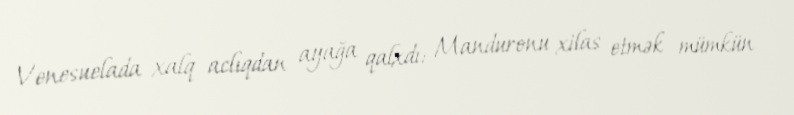
Venesuelada xalq aclıqdan ayağa qalxdı: Manduronu xilas etmək mümkün